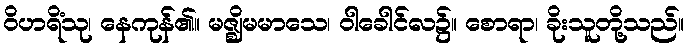
ဝိဟရိံသု၊ နေကုန်၏။ မဇ္ဈိမမာသေ၊ ဝါခေါင်လ၌။ စောရာ၊ ခိုးသူတို့သည်။